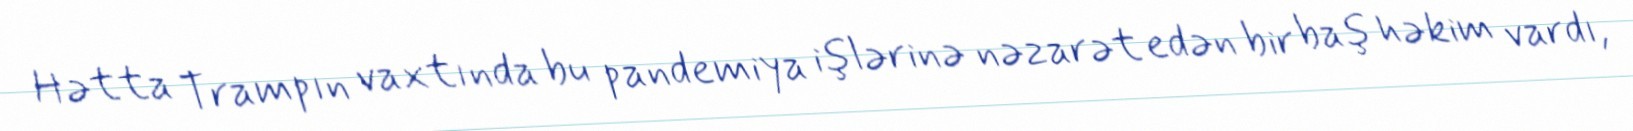
Hətta Trampın vaxtında bu pandemiya işlərinə nəzarət edən bir baş həkim vardı,